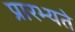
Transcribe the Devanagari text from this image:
प्रारभ्यते